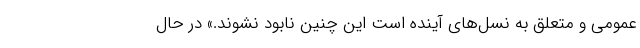
عمومی و متعلق به نسل‌های آینده است این‌ چنین نابود نشوند.» در حال